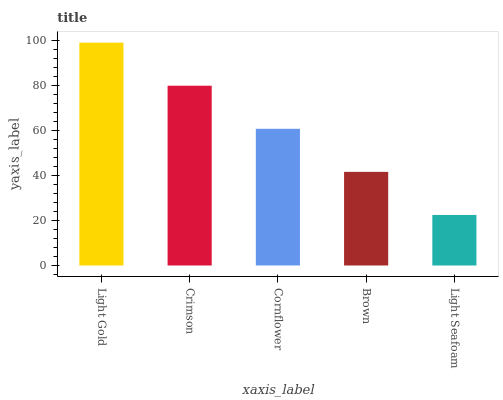
| xaxis_label | bars |
 | --- | --- |
 | Light Gold | 99 |
 | Crimson | 79.9 |
 | Cornflower | 60.7 |
 | Brown | 41.6 |
 | Light Seafoam | 22.5 |